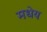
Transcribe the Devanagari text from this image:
मधेय